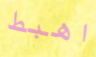
اهبط